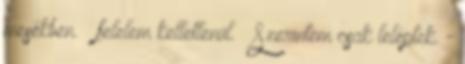
mesékben. – felelem kelletlenül. – Szerintem csak leléptek. -